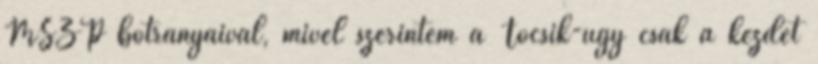
MSZP botranyaival, mivel szerintem a Tocsik-ugy csak a kezdet